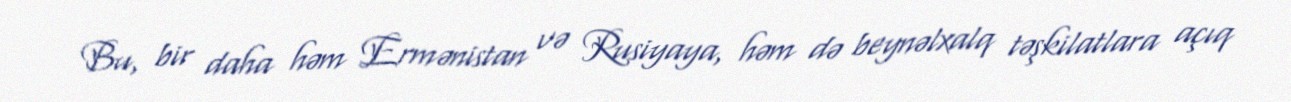
Bu, bir daha həm Ermənistan və Rusiyaya, həm də beynəlxalq təşkilatlara açıq